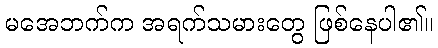
မအေဘက်က အရက်သမားတွေ ဖြစ်နေပါ၏။